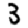
Digit: 3